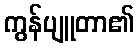
ကွန်ပျူတာ၏